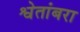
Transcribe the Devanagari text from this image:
श्वेतांबरा